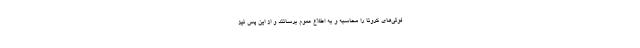
فوتی‌های کرونا را محاسبه و به اطلاع عموم برسانند و از این پس نیز